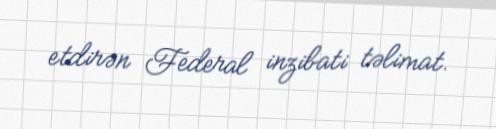
etdirən Federal inzibati təlimat.